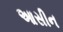
આસીન